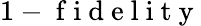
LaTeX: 1-\mathrm{~f~i~d~e~l~i~t~y~}